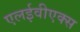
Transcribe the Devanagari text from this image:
एलईवीएक्स